Document type: Enfranchisement
Year: 1297
Scribe: Jaume de Trilla
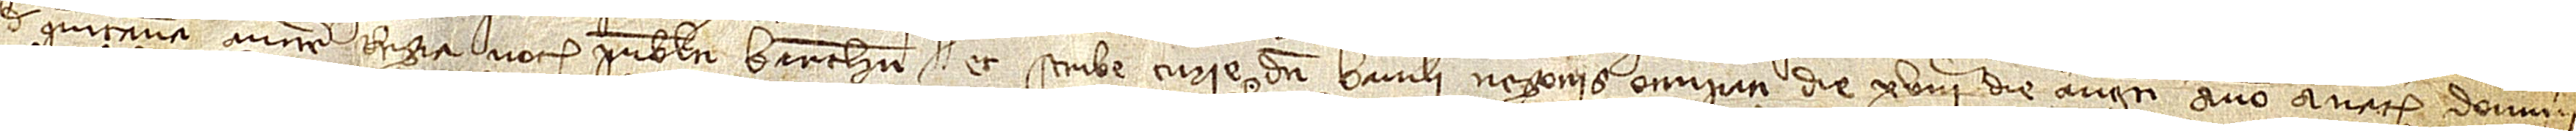
de Quintana, auctoritate regia notarii publici Barchinone et scribe curie dicti baiuli negociis occupati, die XVIIIª die augusti, anno a Nativitate Domini